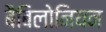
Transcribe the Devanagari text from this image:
बैबिलोनियन